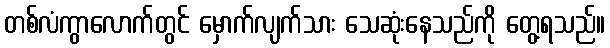
တစ်လံကွာလောက်တွင် မှောက်လျက်သား သေဆုံးနေသည်ကို တွေ့ရသည်။